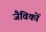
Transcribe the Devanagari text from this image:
जैविकों